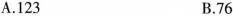
A.123 B.76